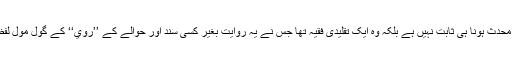
حالانکہ سمرقندی کا محدث ہونا ہی ثابت نہیں ہے بلکہ وہ ایک تقلیدی فقیہ تھا جس نے یہ روایت بغیر کسی سند اور حوالے کے ’’رُوي‘‘ کے گول مول لفظ سے لکھ رکھی ہے۔